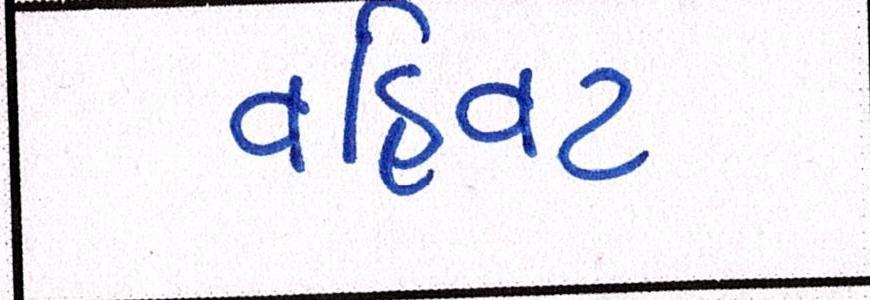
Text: વહિવટ